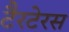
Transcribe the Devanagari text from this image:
टैरटेरस